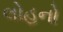
લોહનો